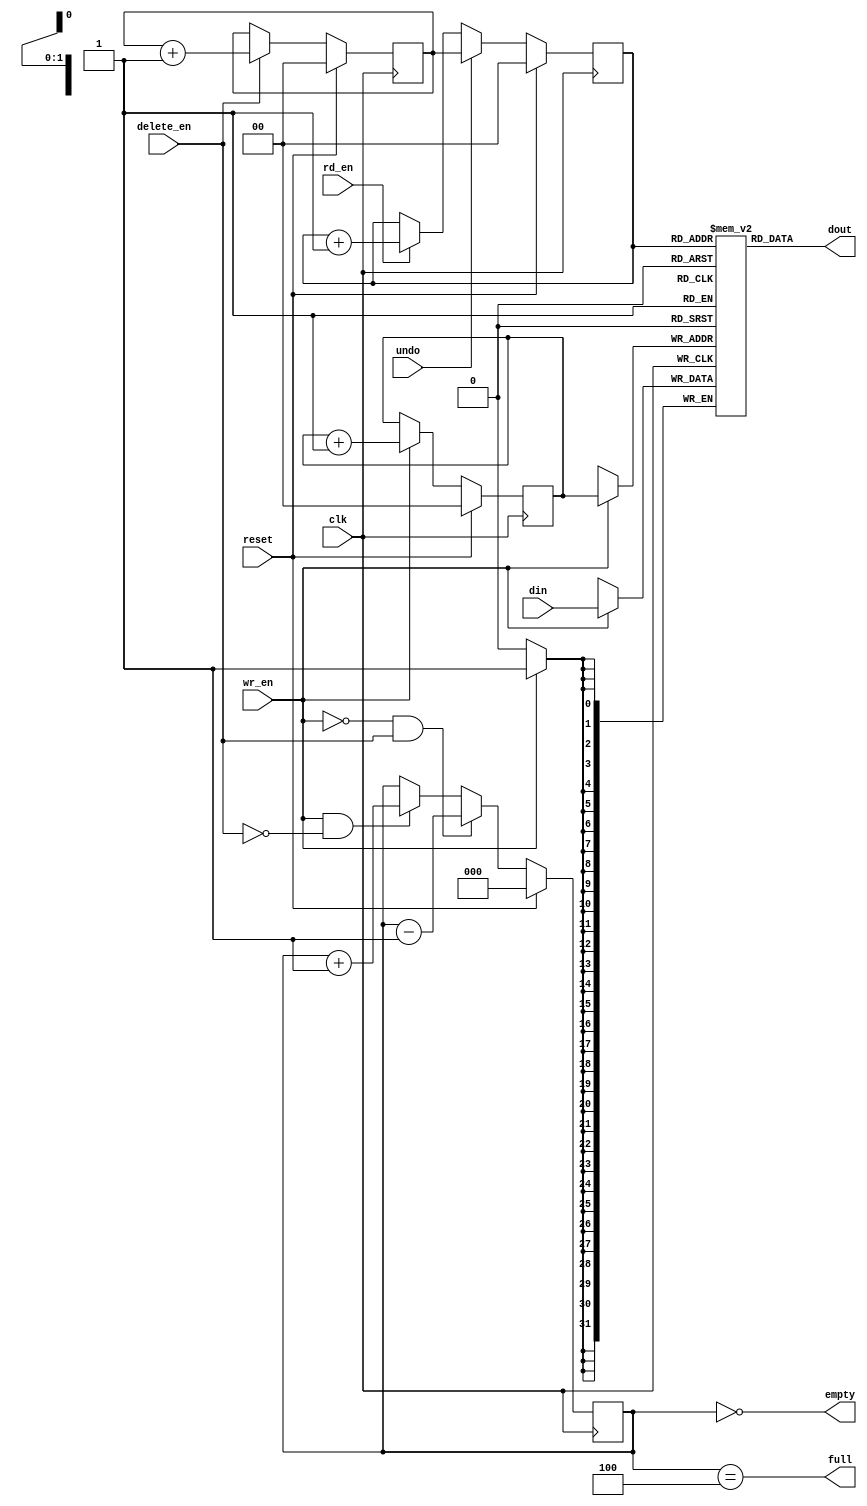
///////////////////////////////////////////////////////////////////////////////
// $Id: dma_read_fifo_4x32.v 1887 2007-06-19 21:33:32Z grg $
//
// Module: dma_read_fifo_4x32.v
// Project: CPCI (PCI Control FPGA)
// Description: Small 4 x 32-bit FIFO with back-up support for DMA
//              transfers
//
// Change history:
//
///////////////////////////////////////////////////////////////////////////////


module dma_read_fifo_4x32(
            // PCI Signals
            input [31:0]   din,     // Data in
            input          wr_en,   // Write enable

            input          rd_en,   // Read the next word
            output [31:0]  dout,    // Data out

            input          delete_en, // Permanently remove an item from the buffer
            input          undo,    // Undo all non-deleted reads

            output         full,
            output         empty,

            input          reset,
            input          clk
         );


parameter MAX_DEPTH_BITS   = 2;
parameter MAX_DEPTH        = 2 ** MAX_DEPTH_BITS;

reg [31:0] queue [MAX_DEPTH - 1 : 0];
reg [MAX_DEPTH_BITS - 1 : 0] rd_ptr;
reg [MAX_DEPTH_BITS - 1 : 0] rd_ptr_backup;
reg [MAX_DEPTH_BITS - 1 : 0] wr_ptr;
reg [MAX_DEPTH_BITS - 1 + 1 : 0] depth;

// Sample the data
always @(posedge clk)
begin
   if (wr_en)
      queue[wr_ptr] <= din;
end

always @(posedge clk)
begin
   if (reset) begin
      rd_ptr <= 'h0;
      rd_ptr_backup <= 'h0;
      wr_ptr <= 'h0;
      depth <= 'h0;
   end
   else begin
      if (wr_en) wr_ptr <= wr_ptr + 'h1;
      if (undo)
         rd_ptr <= rd_ptr_backup;
      else if (rd_en)
         rd_ptr <= rd_ptr + 'h1;
      if (delete_en) rd_ptr_backup <= rd_ptr_backup + 'h1;
      if (wr_en & ~delete_en) depth <= depth + 'h1;
      if (~wr_en & delete_en) depth <= depth - 'h1;
   end
end

assign dout = queue[rd_ptr];
assign full = depth == MAX_DEPTH;
assign empty = depth == 'h0;

// synthesis translate_off
always @(posedge clk)
begin
   if (wr_en && depth == MAX_DEPTH && !delete_en)
      $display($time, " ERROR: Attempt to write to full FIFO: %m");
   if ((rd_en || delete_en) && depth == 'h0)
      $display($time, " ERROR: Attempt to read an empty FIFO: %m");
end
// synthesis translate_on

endmodule // dma_read_fifo_4x32

/* vim:set shiftwidth=3 softtabstop=3 expandtab: */